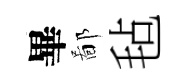
畢鄙毡